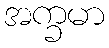
အက္ခမာ